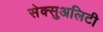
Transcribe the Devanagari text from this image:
सेक्सुअलिटी